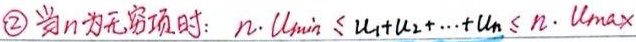
\textcircled{2}当\(n\)为无穷项时: \(n\cdot U_{\min}\leq U_{1} + U_{2}+\cdots+U_{n}\leq n\cdot U_{\max}\)